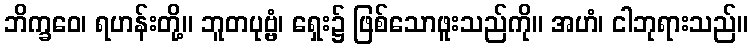
ဘိက္ခဝေ၊ ရဟန်းတို့။ ဘူတပုဗ္ဗံ၊ ရှေး၌ ဖြစ်သောဖူးသည်ကို။ အဟံ၊ ငါဘုရားသည်။